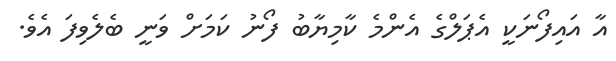
އާ އައިފޯނަކީ އެޕަލްގެ އެންމެ ކާމިޔާބު ފޯނު ކަމަށް ވަނީ ބެލެވިފަ އެވެ.